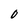
Character: 0